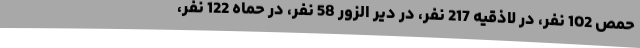
حمص 102 نفر، در لاذقیه 217 نفر، در دیر الزور 58 نفر، در حماه 122 نفر،